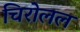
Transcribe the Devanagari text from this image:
चिरोलल